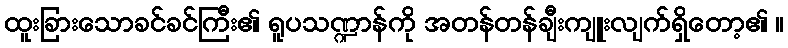
ထူးခြားသောခင်ခင်ကြီး၏ ရူပသဏ္ဍာန်ကို အတန်တန်ချီးကျူးလျက်ရှိတော့၏ ။